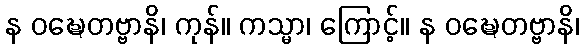
န ဝဍ္ဎေတဗ္ဗာနိ၊ ကုန်။ ကသ္မာ၊ ကြောင့်။ န ဝဍ္ဎေတဗ္ဗာနိ၊